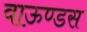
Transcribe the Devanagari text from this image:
वाऊण्डस